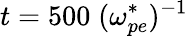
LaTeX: t=500\; (\omega_{pe}^{*})^{-1}